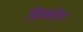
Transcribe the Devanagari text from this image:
विकहेम